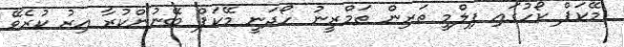
މޭކަޕް ކޯހުގައި ފިލްމީ ތަރިން ތަމްރީނު ހޯދަނީ މޭކަޕް ބޭނުންކުރާ އިރު ކުރެވޭ